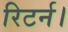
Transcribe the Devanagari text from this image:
रिटर्न।